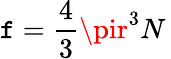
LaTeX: \mathtt{f}={\frac{{4}}{{3}}}\pir^{3}N\,